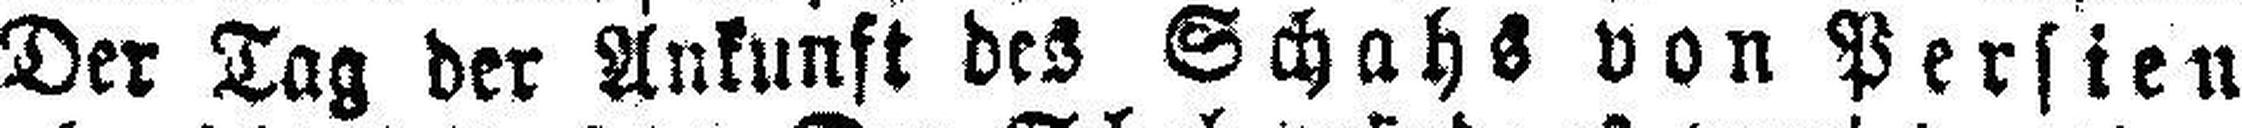
Der Tag der Ankunft des Schahs von Persien